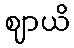
ဈာယိ